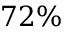
7 2 \%